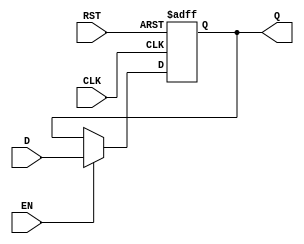
module DataRegister (
    input wire D,      // Data input
    input wire CLK,    // Clock input
    input wire EN,     // Enable input
    input wire RST,    // Reset input
    output reg Q       // Data output
);

// Asynchronous Reset and Synchronous Update
always @(posedge CLK or posedge RST) begin
    if (RST) begin
        Q <= 1'b0; // Clear the register output to 0 on reset
    end else if (EN) begin
        Q <= D; // Update the register output with data input
    end
    // If EN is low, Q retains its previous value
end

endmodule